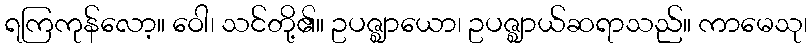
ရကြကုန်လော့။ ဝေါ၊ သင်တို့၏။ ဥပဇ္ဈာယော၊ ဥပဇ္ဈာယ်ဆရာသည်။ ကာမေသု၊